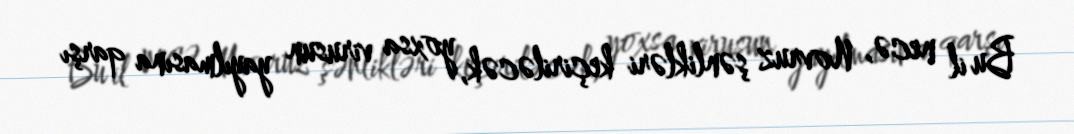
Bu il necə, Novruz şənlikləri keçiriləcək, yoxsa virusun yayılmasına qarşı